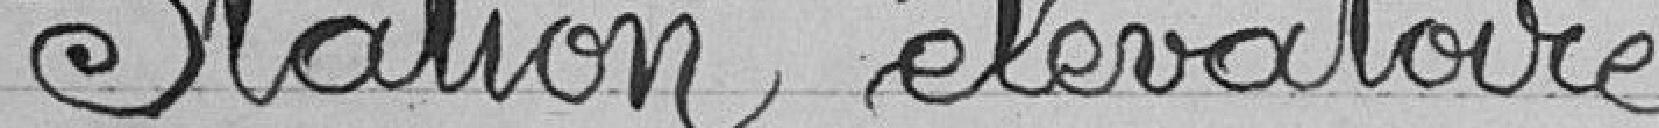
Station élévatoire